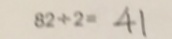
8 2 \div 2 = 4 1